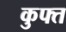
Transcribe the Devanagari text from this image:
कुफ्त